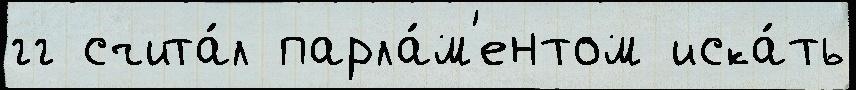
гг счита́л парла́м'ентом иска́ть